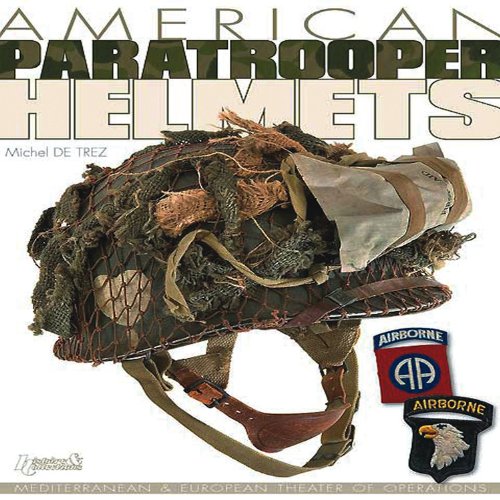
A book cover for American Paratrooper Helmets: Mediterranean & European Theater of Operations; Michel De Trez; Crafts, Hobbies & Home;